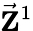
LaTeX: \vec{\mathbf Z}^{1}